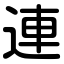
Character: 連